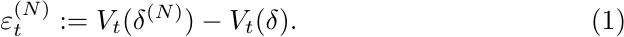
\begin{equation}
	\varepsilon^{(N)}_t := V_{t}(\delta^{(N)})-V_t(\delta).
\end{equation}